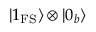
| 1 _ { \mathrm { F S } } \rangle \otimes | 0 _ { b } \rangle